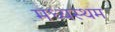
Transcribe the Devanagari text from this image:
मध्‍यस्‍थम